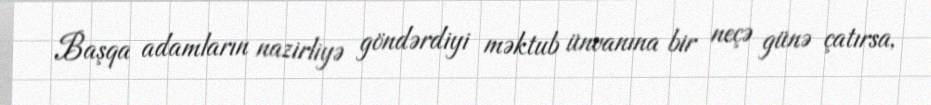
Başqa adamların nazirliyə göndərdiyi məktub ünvanına bir neçə günə çatırsa,